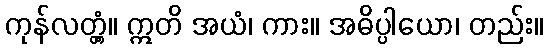
ကုန်လတ္တံ့။ ဣတိ အယံ၊ ကား။ အဓိပ္ပါယော၊ တည်း။